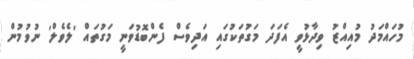
މުހައްމަދު މުއިއްޒު ވިދާޅުވީ އެފަދަ މަގުތަކުގައި އަދިވެސް ފެންބޮޑުވަނީ މަގުތައް 'ލެވެލް' ނުވުމުން